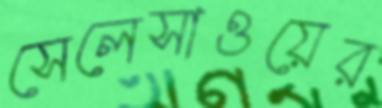
সেলেসাওয়ের